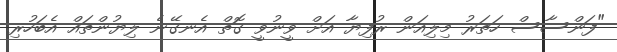
"ފަންސާސް ހަތަރު މިލިއަން ރުފިޔާ އަށް ވީނުވީ ގޮތް އެނގޭނެ ލިޔުންތައް އެބަހުރި.